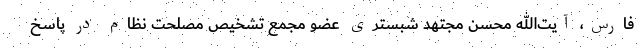
فارس، آیت‌الله محسن مجتهد شبستری عضو مجمع تشخیص مصلحت نظام در پاسخ